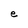
Character: e